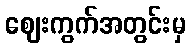
ဈေးကွက်အတွင်းမှ